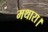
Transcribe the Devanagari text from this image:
मथारा।